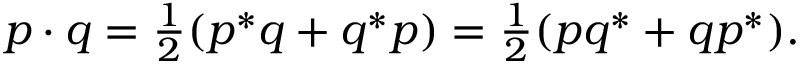
p \cdot q = \textstyle { \frac { 1 } { 2 } } ( p ^ { * } q + q ^ { * } p ) = \textstyle { \frac { 1 } { 2 } } ( p q ^ { * } + q p ^ { * } ) .